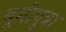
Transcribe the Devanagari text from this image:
बुमीपुत्रा